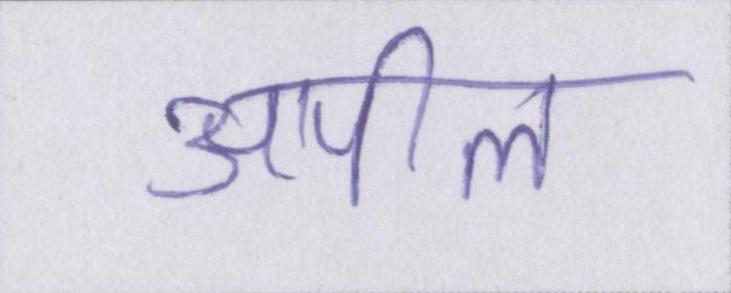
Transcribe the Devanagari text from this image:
अपील